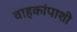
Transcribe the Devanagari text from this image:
वाहकांपाशी